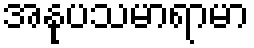
အနုပသမာရာမာ